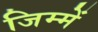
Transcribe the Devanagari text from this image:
जिम्में